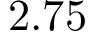
2 . 7 5